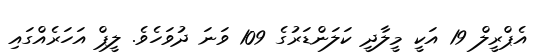
އެޕްރީލް 19 އަކީ މީލާދީ ކަލަންޑަރުގެ 109 ވަނަ ދުވަހެވެ. ލީޕް އަހަރެއްގައި